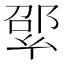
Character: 𢇊